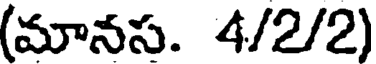
(మానస. 4/2/2)